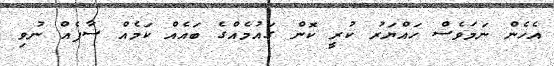
އެހެން ނަމަވެސް ހައްޔަރު ކުރީ ކޮން ގައުމެއްގެ ބައެއް ކަމެއް ސާފެއް ނުވި